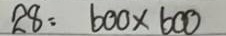
28 = 600 x 600